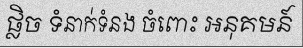
ផ្លិច ទំនាក់ទំនង ចំពោះ អនុគមន៍